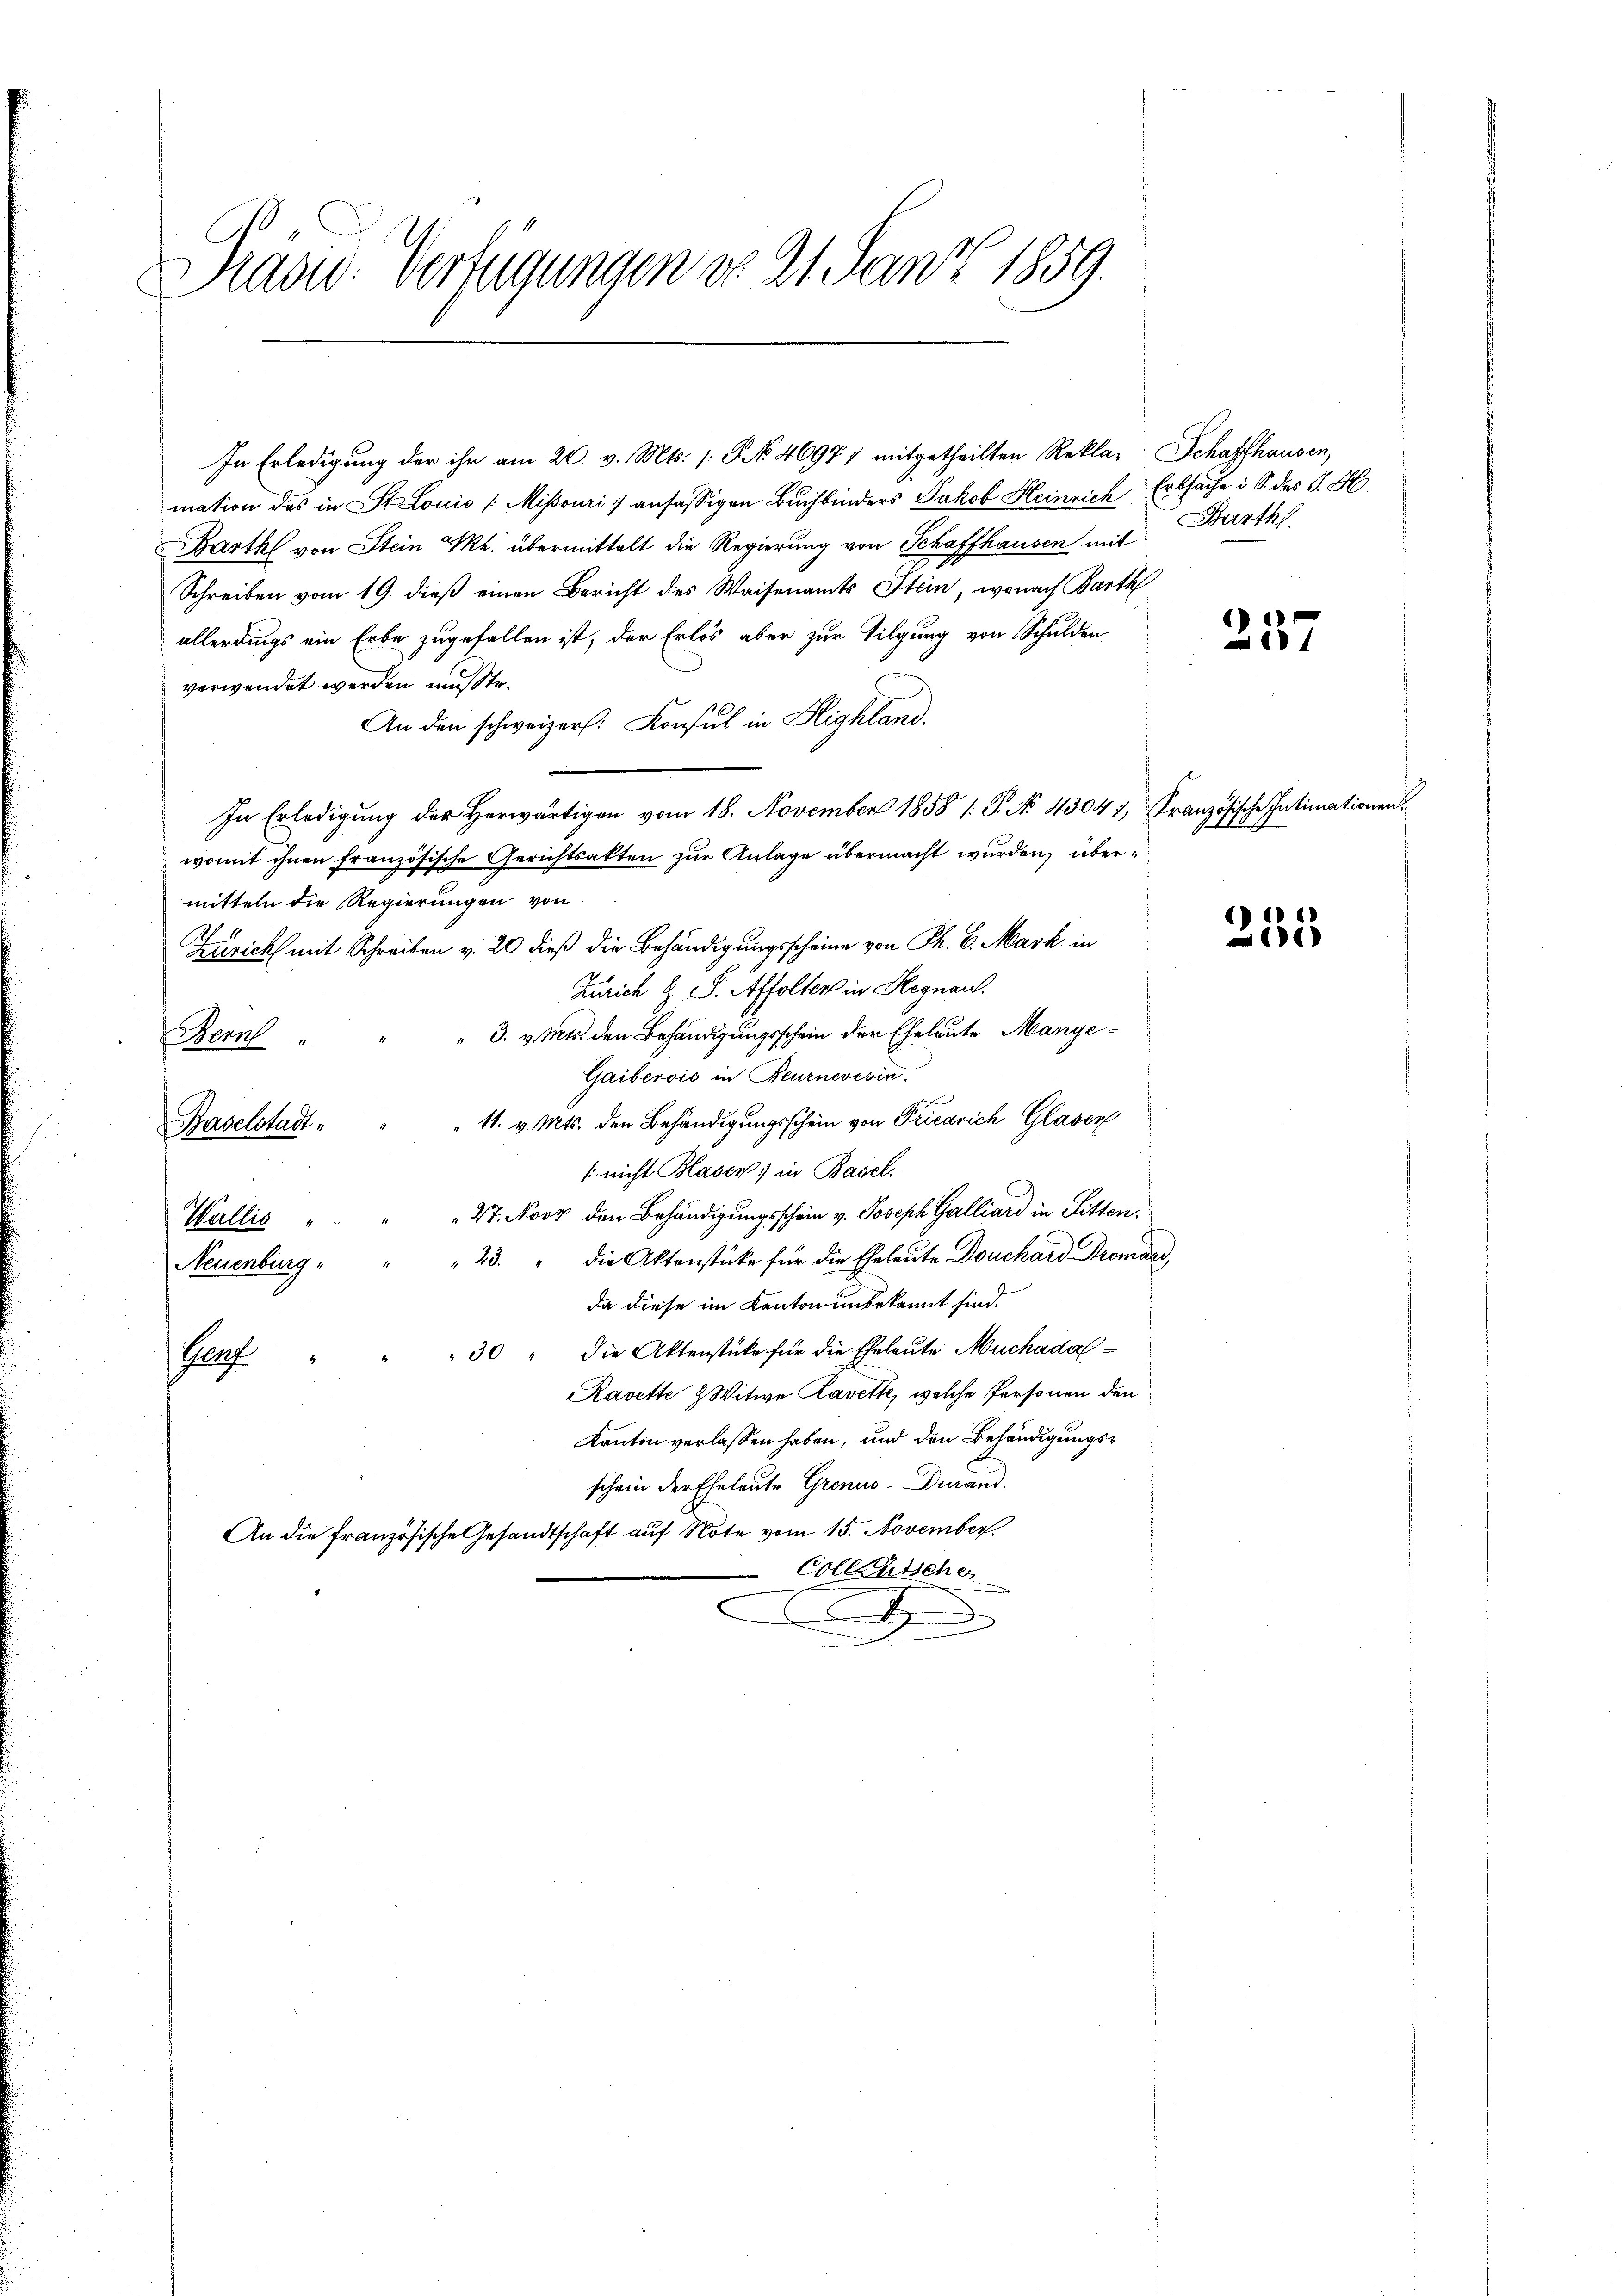
Prasid. Verfügungen d. 21. Jantz 1859.

In Erledigung der ihr am 20. v. Mts. /: P No 4697) mitgetheilten Rekla-Schaffhausen,
mation des in St. Louis (Misouri :/ ansässigen Buchbinders Jakob Heinrich Erbsache i S. des J. H.
Barthl von Stein M. übermittelt die Regierung von Schaffhausen mit
Schreiben vom 19. dieß einen Bericht des Waisenamts Stein, wonach Barth
allerdings ein Erbe zugefallen ist, der Erlös aber zur Tilgung von Schulden
verwendet werden musste.
An den schweizer. Konsul in Highland.
In Erledigung des Herwärtigen vom 18. November 1858 /: P. No 4304), Französische Intimationen
womit ihnen französische Gerichtsakten zur Anlage übermacht wurden, übermitteln die Regierungen von
24
Zürich mit Schreiben v. 20 dieß die Behändigungsscheine von Ph. 6. Mark in
Zürich u. S. Affolter in Hegnau.
" 3. v. Mts. den Behändigungsschein der Eheleute Mange¬
Bern
Gaiberois in Beurnevesin.
11. v. Mts. den Behändigungsschein von Precarich Glasen
Baselstadt.
/ nicht Blasen) in Basel.
27. Novy den Behändigungsschein v. Joseph Galliard in Sitten,
Wallis
23. " die Aktenstücke für die Eheleute Douchard Dromand
Neuenburg,
da diese im Kanton unbekannt sind.
30 " die Aktenstücke für die Eheleute Muchadal¬
Pro
Ravette 2 Witwe Zavette, welche Personen den
Kanton verlassen haben, und den Behändigungsschein der Eheleute Grenus-Durand.
An die französische Gesandtschaft auf Note vom 15. November.
Collenisches
E
F

Barthl.

237

255